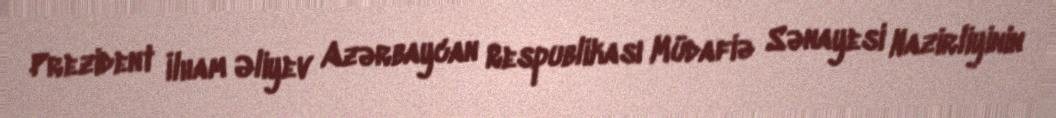
Prezident İlham Əliyev Azərbaycan Respublikası Müdafiə Sənayesi Nazirliyinin